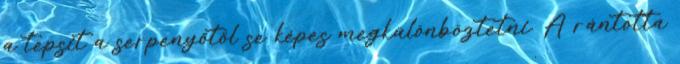
a tepsit a serpenyőtől se képes megkülönböztetni. A rántotta